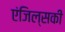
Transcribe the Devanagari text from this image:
एंजिल्सकी